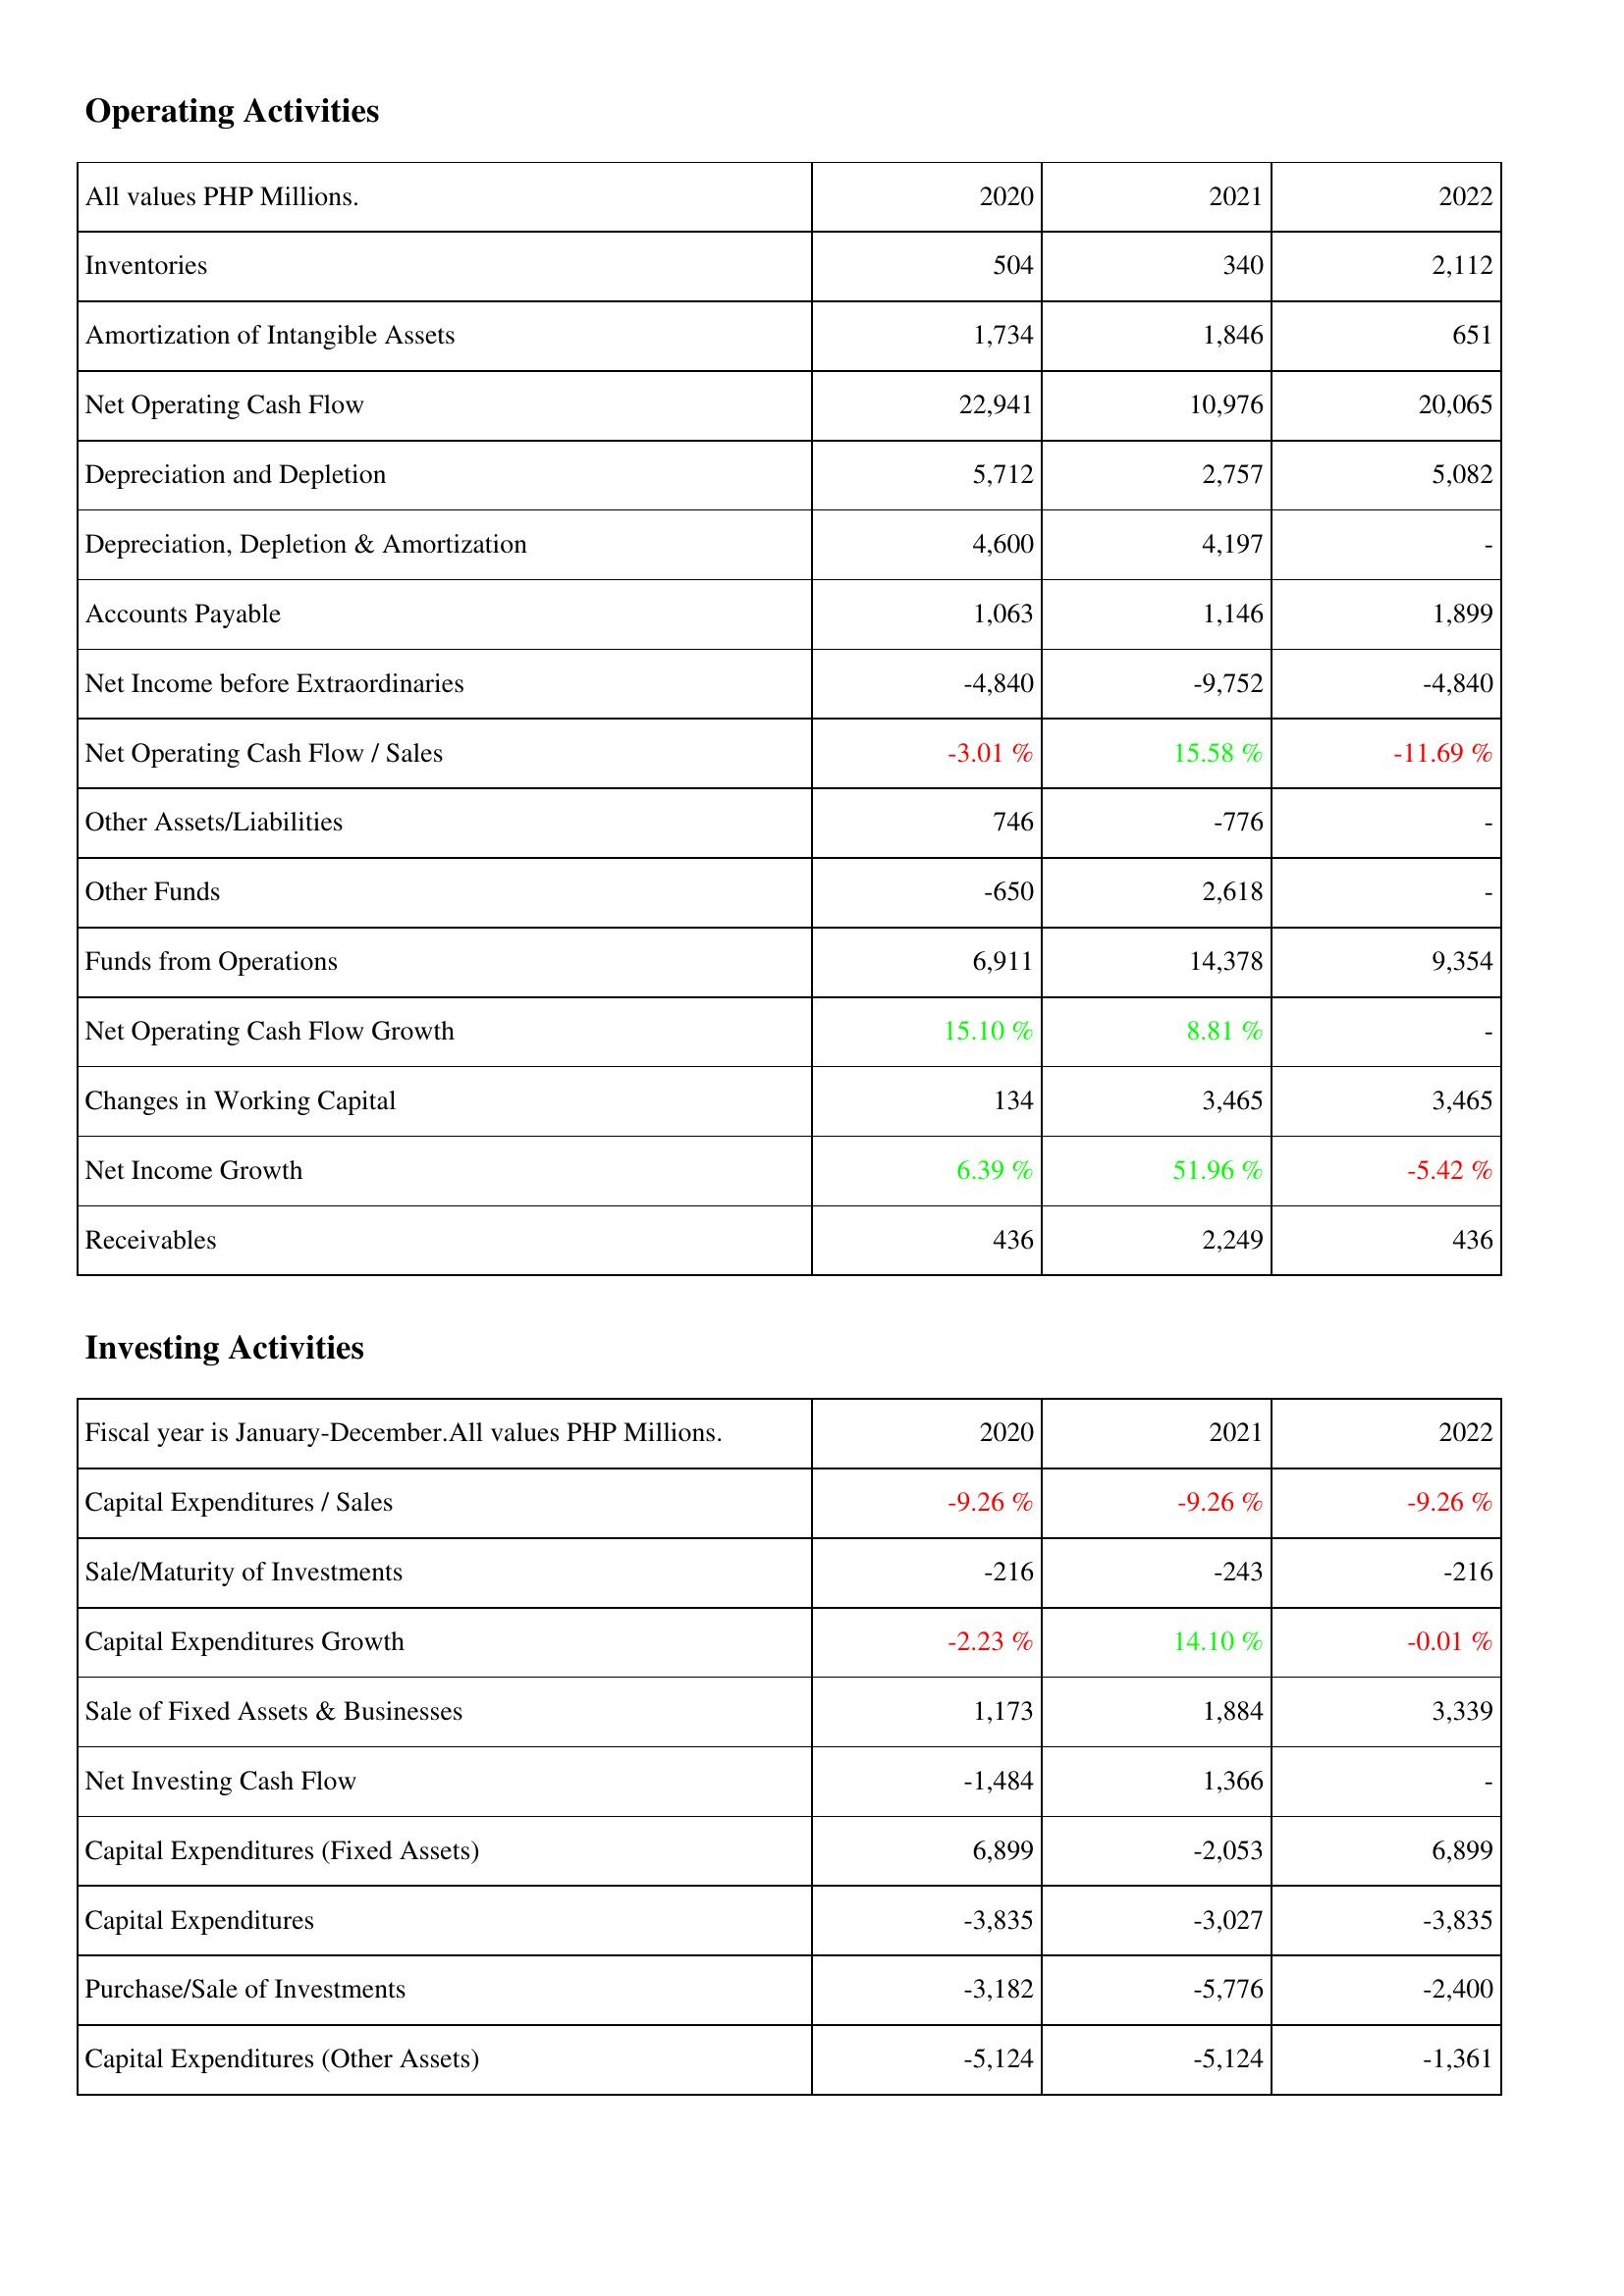
2020: Operating Activities: Inventories: 504
Amortization of Intangible Assets: 1,734
Net Operating Cash Flow: 22,941
Depreciation and Depletion: 5,712
Depreciation, Depletion & Amortization: 4,600
Accounts Payable: 1,063
Net Income before Extraordinaries: -4,840
Net Operating Cash Flow / Sales: -3.01 %
Other Assets/Liabilities: 746
Other Funds: -650
Funds from Operations: 6,911
Net Operating Cash Flow Growth: 15.10 %
Changes in Working Capital: 134
Net Income Growth: 6.39 %
Receivables: 436
Investing Activities: Capital Expenditures / Sales: -9.26 %
Sale/Maturity of Investments: -216
Capital Expenditures Growth: -2.23 %
Sale of Fixed Assets & Businesses: 1,173
Net Investing Cash Flow: -1,484
Capital Expenditures (Fixed Assets): 6,899
Capital Expenditures: -3,835
Purchase/Sale of Investments: -3,182
Capital Expenditures (Other Assets): -5,124
2021: Operating Activities: Inventories: 340
Amortization of Intangible Assets: 1,846
Net Operating Cash Flow: 10,976
Depreciation and Depletion: 2,757
Depreciation, Depletion & Amortization: 4,197
Accounts Payable: 1,146
Net Income before Extraordinaries: -9,752
Net Operating Cash Flow / Sales: 15.58 %
Other Assets/Liabilities: -776
Other Funds: 2,618
Funds from Operations: 14,378
Net Operating Cash Flow Growth: 8.81 %
Changes in Working Capital: 3,465
Net Income Growth: 51.96 %
Receivables: 2,249
Investing Activities: Capital Expenditures / Sales: -9.26 %
Sale/Maturity of Investments: -243
Capital Expenditures Growth: 14.10 %
Sale of Fixed Assets & Businesses: 1,884
Net Investing Cash Flow: 1,366
Capital Expenditures (Fixed Assets): -2,053
Capital Expenditures: -3,027
Purchase/Sale of Investments: -5,776
Capital Expenditures (Other Assets): -5,124
2022: Operating Activities: Inventories: 2,112
Amortization of Intangible Assets: 651
Net Operating Cash Flow: 20,065
Depreciation and Depletion: 5,082
Depreciation, Depletion & Amortization: -
Accounts Payable: 1,899
Net Income before Extraordinaries: -4,840
Net Operating Cash Flow / Sales: -11.69 %
Other Assets/Liabilities: -
Other Funds: -
Funds from Operations: 9,354
Net Operating Cash Flow Growth: -
Changes in Working Capital: 3,465
Net Income Growth: -5.42 %
Receivables: 436
Investing Activities: Capital Expenditures / Sales: -9.26 %
Sale/Maturity of Investments: -216
Capital Expenditures Growth: -0.01 %
Sale of Fixed Assets & Businesses: 3,339
Net Investing Cash Flow: -
Capital Expenditures (Fixed Assets): 6,899
Capital Expenditures: -3,835
Purchase/Sale of Investments: -2,400
Capital Expenditures (Other Assets): -1,361